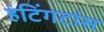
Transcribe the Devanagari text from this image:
हंटिंगटांस